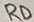
Text: RD